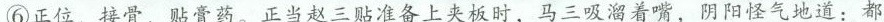
⑥正位，接骨，贴膏药。正当赵三贴准备上夹板时，马三吸潮着嘴，阴阳怪气地道：都